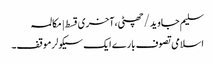
سلیم جاوید/چھٹی،آخری قسط | مکالمہ
اسلامی تصوف بارے ایک سیکولرموقف۔